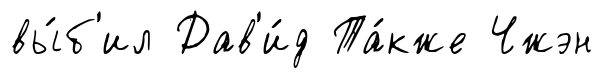
вы́б'ил Дав'и́д Та́кже Чжэн